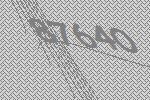
87640